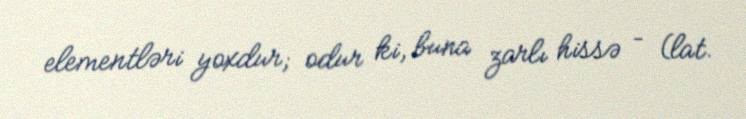
elementləri yoxdur; odur ki, buna zarlı hissə – (lat.